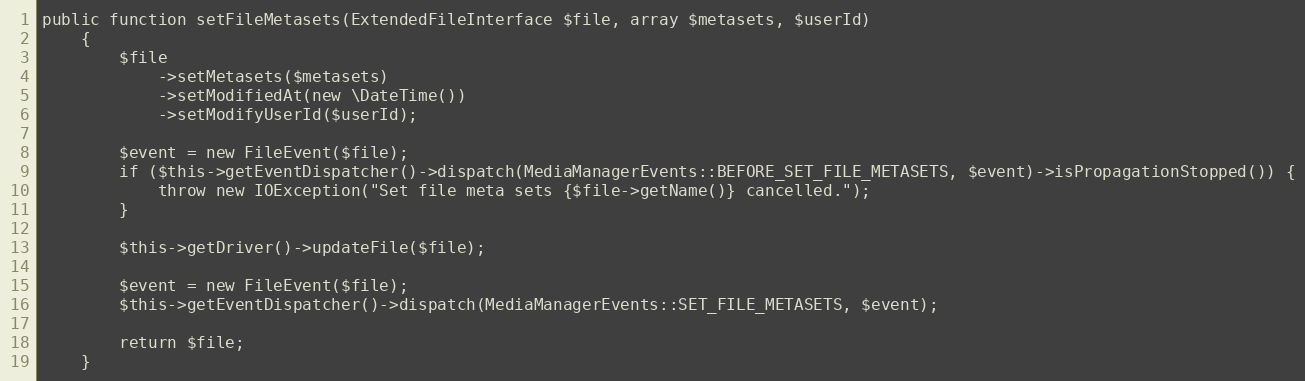
Language: PHP
public function setFileMetasets(ExtendedFileInterface $file, array $metasets, $userId)
    {
        $file
            ->setMetasets($metasets)
            ->setModifiedAt(new \DateTime())
            ->setModifyUserId($userId);

        $event = new FileEvent($file);
        if ($this->getEventDispatcher()->dispatch(MediaManagerEvents::BEFORE_SET_FILE_METASETS, $event)->isPropagationStopped()) {
            throw new IOException("Set file meta sets {$file->getName()} cancelled.");
        }

        $this->getDriver()->updateFile($file);

        $event = new FileEvent($file);
        $this->getEventDispatcher()->dispatch(MediaManagerEvents::SET_FILE_METASETS, $event);

        return $file;
    }